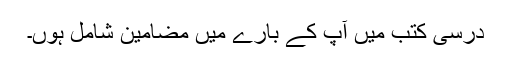
درسی کتب میں آپ کے بارے میں مضامین شامل ہوں۔